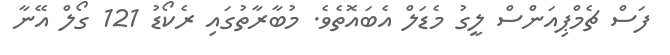
ފަސް ޗެމްޕިއަންސް ލީގު މެޑަލް އެބައޮތެވެ. މުބާރާތުގައި ރެކޯޑު 121 ގޯލް އޭނާ